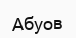
Абуов